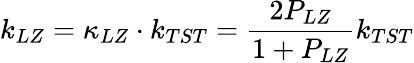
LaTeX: k_{LZ}=\kappa_{LZ}\cdot k_{TST}=\frac{2P_{LZ}}{1+P_{LZ}}k_{TST}